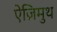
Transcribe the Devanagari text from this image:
ऐज़िमुथ